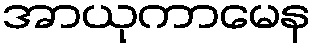
အာယုကာမေန